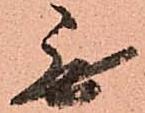
無